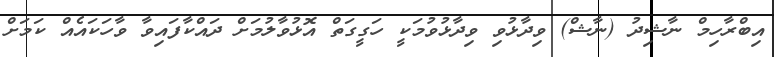
އިބްރާހިމް ނާޝިދު (ނާޝް) ވިދާޅުވި ވިދާޅުވުމަކީ ހަގީގަތް އޮޅުވާލުމަށް ދައްކާފައިވާ ވާހަކައެއް ކަމަށް